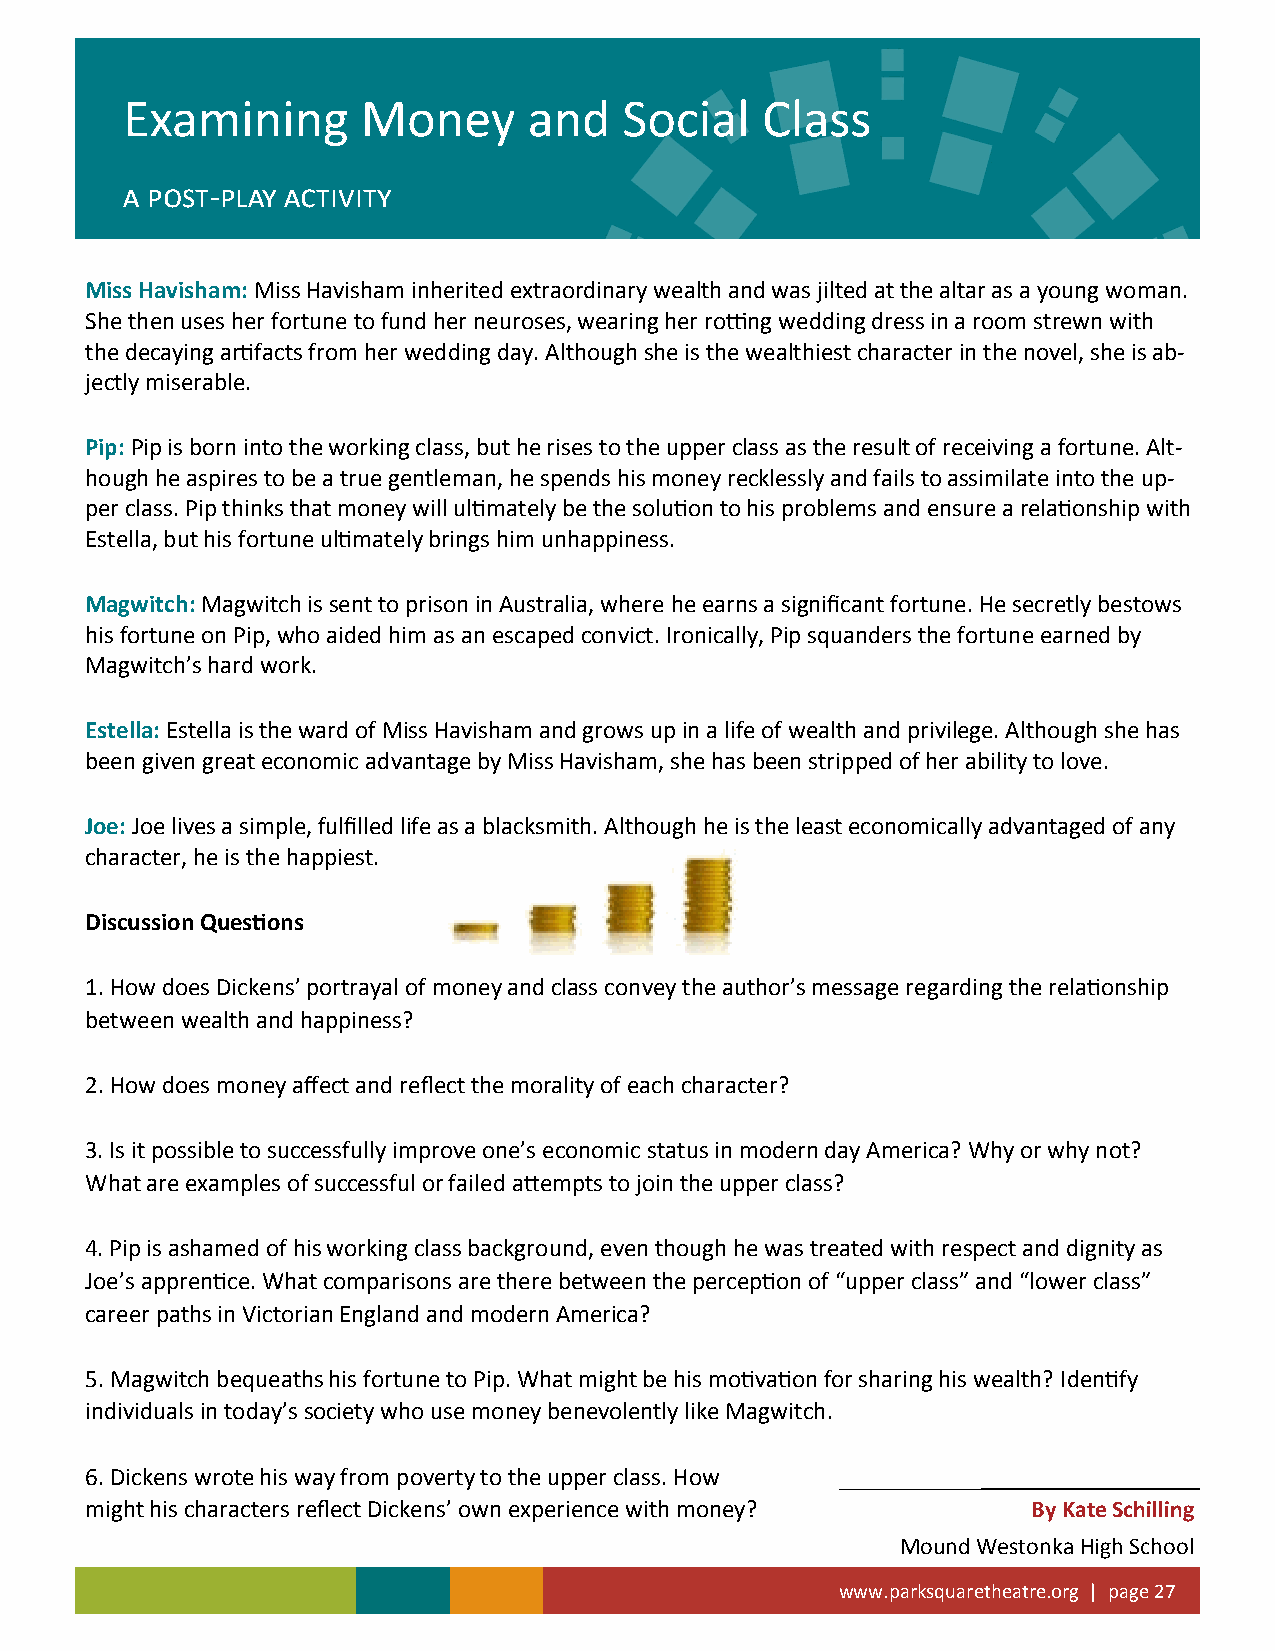
Examining       Money      and   Social   Class
 a post-play activity
 Miss Havisham: Miss Havisham inherited extraordinary wealth and was jilted at the altar as a young woman.
 She then uses her fortune to fund her neuroses, wearing her rotting wedding dress in a room strewn with
 the decaying artifacts from her wedding day. Although she is the wealthiest character in the novel, she is ab-
 jectly miserable.
 Pip: Pip is born into the working class, but he rises to the upper class as the result of receiving a fortune. Alt-
 hough he aspires to be a true gentleman, he spends his money recklessly and fails to assimilate into the up-
 per class. Pip thinks that money will ultimately be the solution to his problems and ensure a relationship with
 Estella, but his fortune ultimately brings him unhappiness.
 Magwitch: Magwitch is sent to prison in Australia, where he earns a significant fortune. He secretly bestows
 his fortune on Pip, who aided him as an escaped convict. Ironically, Pip squanders the fortune earned by
 Magwitch’s hard work.
 Estella: Estella is the ward of Miss Havisham and grows up in a life of wealth and privilege. Although she has
 been given great economic advantage by Miss Havisham, she has been stripped of her ability to love.
 Joe: Joe lives a simple, fulfilled life as a blacksmith. Although he is the least economically advantaged of any
 character, he is the happiest.
 Discussion Questions
 1. How does Dickens’ portrayal of money and class convey the author’s message regarding the relationship
 between wealth and happiness?
 2. How does money affect and reflect the morality of each character?
 3. Is it possible to successfully improve one’s economic status in modern day America? Why or why not?
 What are examples of successful or failed attempts to join the upper class?
 4. Pip is ashamed of his working class background, even though he was treated with respect and dignity as
 Joe’s apprentice. What comparisons are there between the perception of “upper class” and “lower class”
 career paths in Victorian England and modern America?
 5. Magwitch bequeaths his fortune to Pip. What might be his motivation for sharing his wealth? Identify
 individuals in today’s society who use money benevolently like Magwitch.
 6. Dickens wrote his way from poverty to the upper class. How
 might his characters reflect Dickens’ own experience with money? By Kate Schilling
 Mound Westonka High School
 www.parksquaretheatre.org | page 27